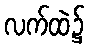
လက်ထဲ၌